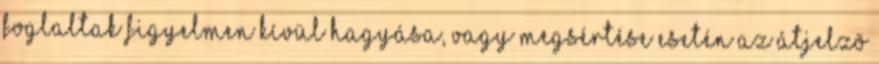
foglaltak figyelmen kívül hagyása, vagy megsértése esetén az átjelzõ